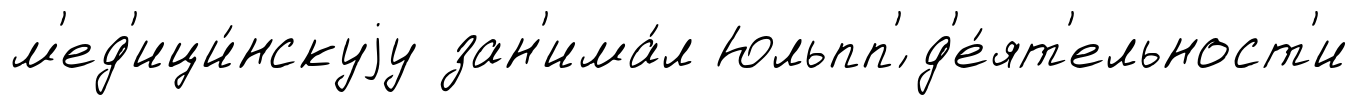
м'ед'ици́нскуjу зан'има́л Юльпп'́ д'е́ят'ельност'и